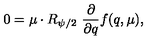
0 = \mu \cdot R _ { \psi / 2 } \ { \frac { \partial } { \partial q } } f ( q , \mu ) ,